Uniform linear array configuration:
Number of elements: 16
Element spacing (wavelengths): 0.75
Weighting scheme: cosine
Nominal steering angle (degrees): -60
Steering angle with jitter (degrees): -59.069
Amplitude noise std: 0.05
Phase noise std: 0.05

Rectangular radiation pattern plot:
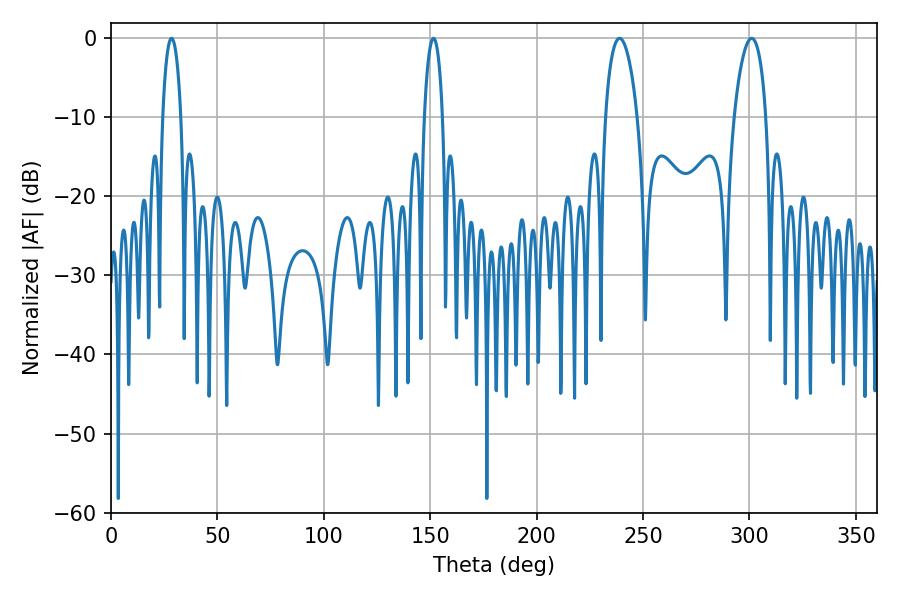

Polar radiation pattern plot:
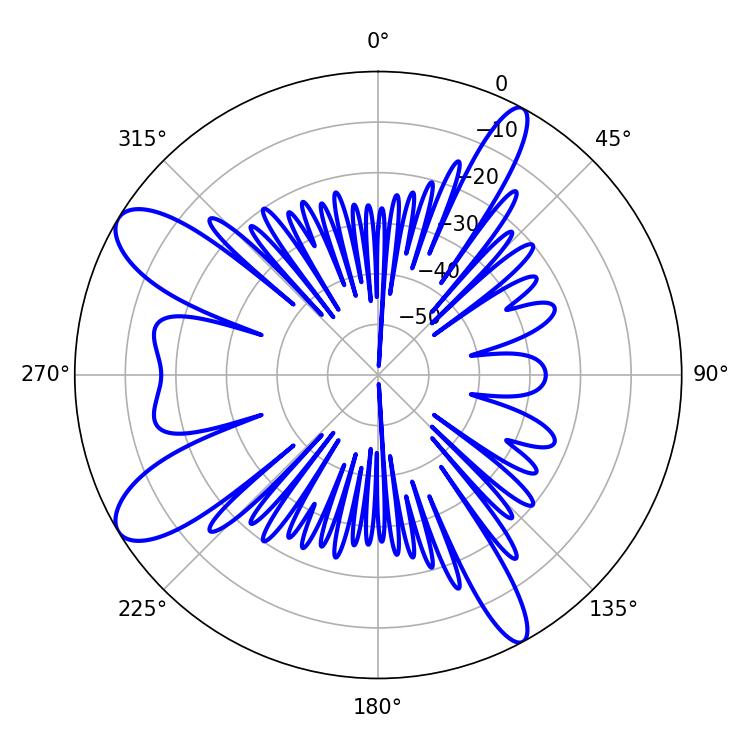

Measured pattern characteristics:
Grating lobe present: TRUE
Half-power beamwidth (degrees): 4.86
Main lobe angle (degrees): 28.44